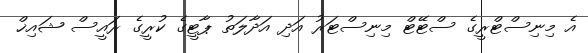
އެ މިނިސްޓްރީގެ ސްޓޭޓް މިނިސްޓަރު އަދި އަދާލަތު ޕާޓީގެ ކުރީގެ ރައީސް ޝައިޚް